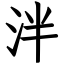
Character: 泮